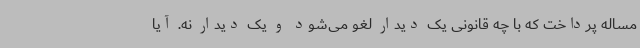
مساله پرداخت که با چه قانونی یک دیدار لغو می‌شود و یک دیدار نه. آیا